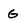
Character: G